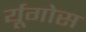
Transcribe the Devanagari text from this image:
र्यूगोस